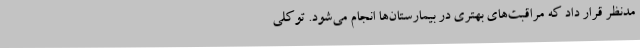
مدنظر قرار داد که مراقبت‌های بهتری در بیمارستان‌ها انجام می‌شود. توکلی